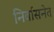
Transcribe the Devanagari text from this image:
निर्वासनेत